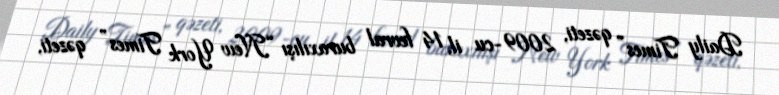
Daily Times” qəzeti, 2009-cu il, 14 fevral buraxılışı “New York Times” qəzeti,